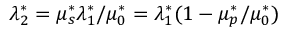
\lambda _ { 2 } ^ { * } = \mu _ { s } ^ { * } \lambda _ { 1 } ^ { * } / \mu _ { 0 } ^ { * } = \lambda _ { 1 } ^ { * } ( 1 - \mu _ { p } ^ { * } / \mu _ { 0 } ^ { * } )